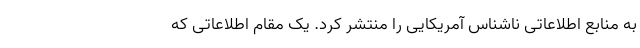
به منابع اطلاعاتی ناشناس آمریکایی را منتشر کرد. یک مقام اطلاعاتی که